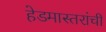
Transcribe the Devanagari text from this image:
हेडमास्तरांची